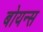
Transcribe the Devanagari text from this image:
बोयन्स